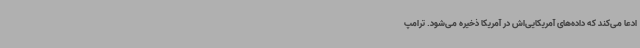
ادعا می‌کند که داده‌های آمریکایی‌اش در آمریکا ذخیره می‌شود. ترامپ